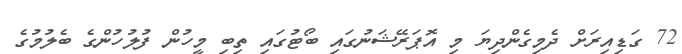
72 ގަޑިއިރަށް ދެމިގެންދިޔަ މި އޮޕަރޭޝަނުގައި ބޯޓުގައި ތިބި މީހުން ފުލުހުންގެ ބެލުމުގެ